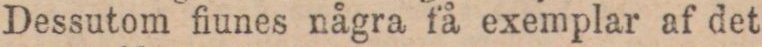
Dessutom fiunes några få exemplar af det